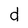
Character: d